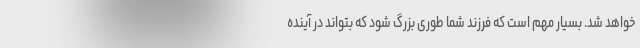
خواهد شد. بسیار مهم است که فرزند شما طوری بزرگ شود که بتواند در آینده